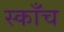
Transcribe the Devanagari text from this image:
स्काँच